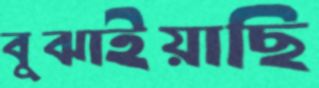
বুঝাইয়াছি